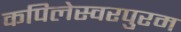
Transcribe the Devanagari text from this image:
कपिलेस्वरपुरम